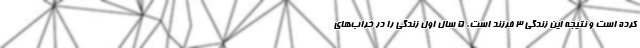
کرده است و نتیجه این زندگی ۳ فرزند است. ۵ سال اول زندگی را در خراب‌های